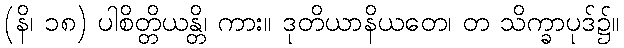
(နိ၊ ၁၈) ပါစိတ္တိယန္တိ၊ ကား။ ဒုတိယာနိယတေ၊ တ သိက္ခာပုဒ်၌။